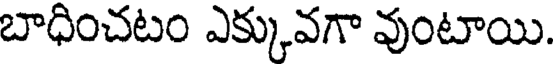
బాధించటం ఎక్కువగా వుంటాయి.